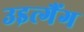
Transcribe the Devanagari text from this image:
उइत्गैंग